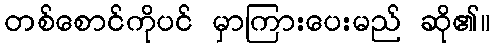
တစ်စောင်ကိုပင် မှာကြားပေးမည် ဆို၏။